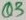
Text: Q3